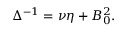
\Delta ^ { - 1 } = \nu \eta + B _ { 0 } ^ { 2 } .